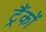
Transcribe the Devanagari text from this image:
ट्रैंकों